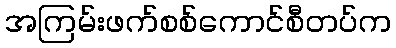
အကြမ်းဖက်စစ်ကောင်စီတပ်က